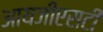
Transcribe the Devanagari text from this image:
आयजीएसटी